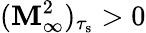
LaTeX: (\mathbf{M}_{\infty}^{2})_{\tau_{\mathrm{{s}}}}>0